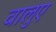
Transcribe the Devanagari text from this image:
वालुए